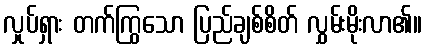
လှုပ်ရှား တက်ကြွသော ပြည်ချစ်စိတ် လွှမ်းမိုးလာ၏။